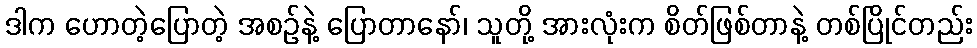
ဒါက ဟောတဲ့ပြောတဲ့ အစဉ်နဲ့ ပြောတာနော်၊ သူတို့ အားလုံးက စိတ်ဖြစ်တာနဲ့ တစ်ပြိုင်တည်း